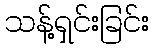
သန့်ရှင်းခြင်း